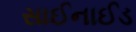
સાઈનાઈડ